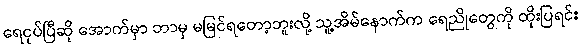
ရေငုပ်ပြီဆို အောက်မှာ ဘာမှ မမြင်ရတော့ဘူးလို့ သူ့အိမ်နောက်က ရေညိုတွေကို ထိုးပြရင်း